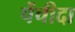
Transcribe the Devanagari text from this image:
पेंचीदा